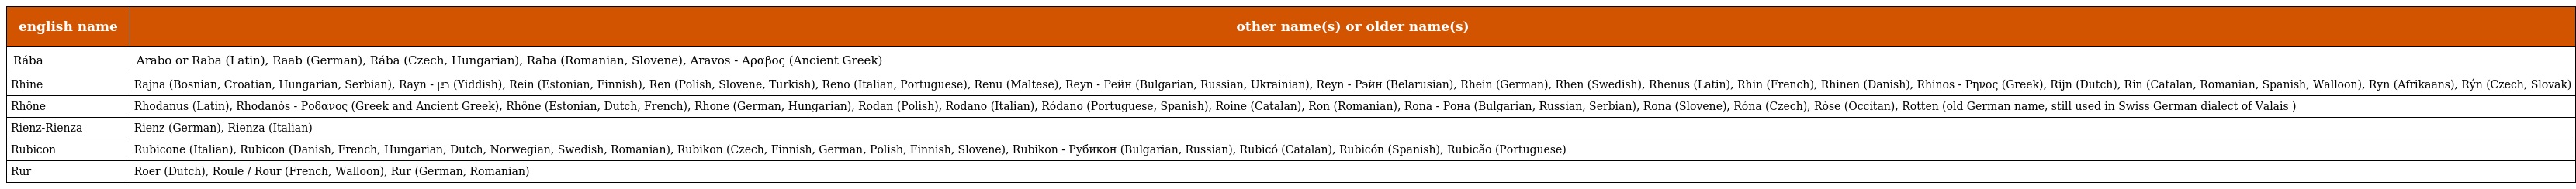
| english name | other name(s) or older name(s) |
 | --- | --- |
 | Rába | Arabo or Raba (Latin), Raab (German), Rába (Czech, Hungarian), Raba (Romanian, Slovene), Aravos - Αραβος (Ancient Greek) |
 | Rhine | Rajna (Bosnian, Croatian, Hungarian, Serbian), Rayn - רײַן (Yiddish), Rein (Estonian, Finnish), Ren (Polish, Slovene, Turkish), Reno (Italian, Portuguese), Renu (Maltese), Reyn - Рейн (Bulgarian, Russian, Ukrainian), Reyn - Рэйн (Belarusian), Rhein (German), Rhen (Swedish), Rhenus (Latin), Rhin (French), Rhinen (Danish), Rhinos - Ρηνος (Greek), Rijn (Dutch), Rin (Catalan, Romanian, Spanish, Walloon), Ryn (Afrikaans), Rýn (Czech, Slovak) |
 | Rhône | Rhodanus (Latin), Rhodanòs - Ροδανος (Greek and Ancient Greek), Rhône (Estonian, Dutch, French), Rhone (German, Hungarian), Rodan (Polish), Rodano (Italian), Ródano (Portuguese, Spanish), Roine (Catalan), Ron (Romanian), Rona - Рона (Bulgarian, Russian, Serbian), Rona (Slovene), Róna (Czech), Ròse (Occitan), Rotten (old German name, still used in Swiss German dialect of Valais ) |
 | Rienz-Rienza | Rienz (German), Rienza (Italian) |
 | Rubicon | Rubicone (Italian), Rubicon (Danish, French, Hungarian, Dutch, Norwegian, Swedish, Romanian), Rubikon (Czech, Finnish, German, Polish, Finnish, Slovene), Rubikon - Рубикон (Bulgarian, Russian), Rubicó (Catalan), Rubicón (Spanish), Rubicão (Portuguese) |
 | Rur | Roer (Dutch), Roule / Rour (French, Walloon), Rur (German, Romanian) |